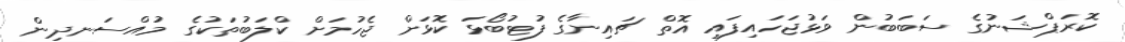
ކޮރަޕްޝަނުގެ ސަބަބުން ވަޅުޖަހައިފައި އޮތް ޗައިނާގެ ފުޓުބޯޅަ ކޮޅަށް ޖެހުމަށް ކްލަބުތަކުގެ މުއްސަނދިން